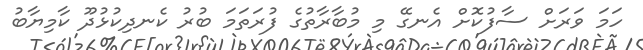
ހަމަ ވަރަށް ސާފުކޮށް އެނގޭ މި މުބާރާތުގެ ފުރަތަމަ ބުރު ކެނދިކުޅުދޫ ކާމިޔާބު